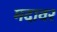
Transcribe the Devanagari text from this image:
मदावर